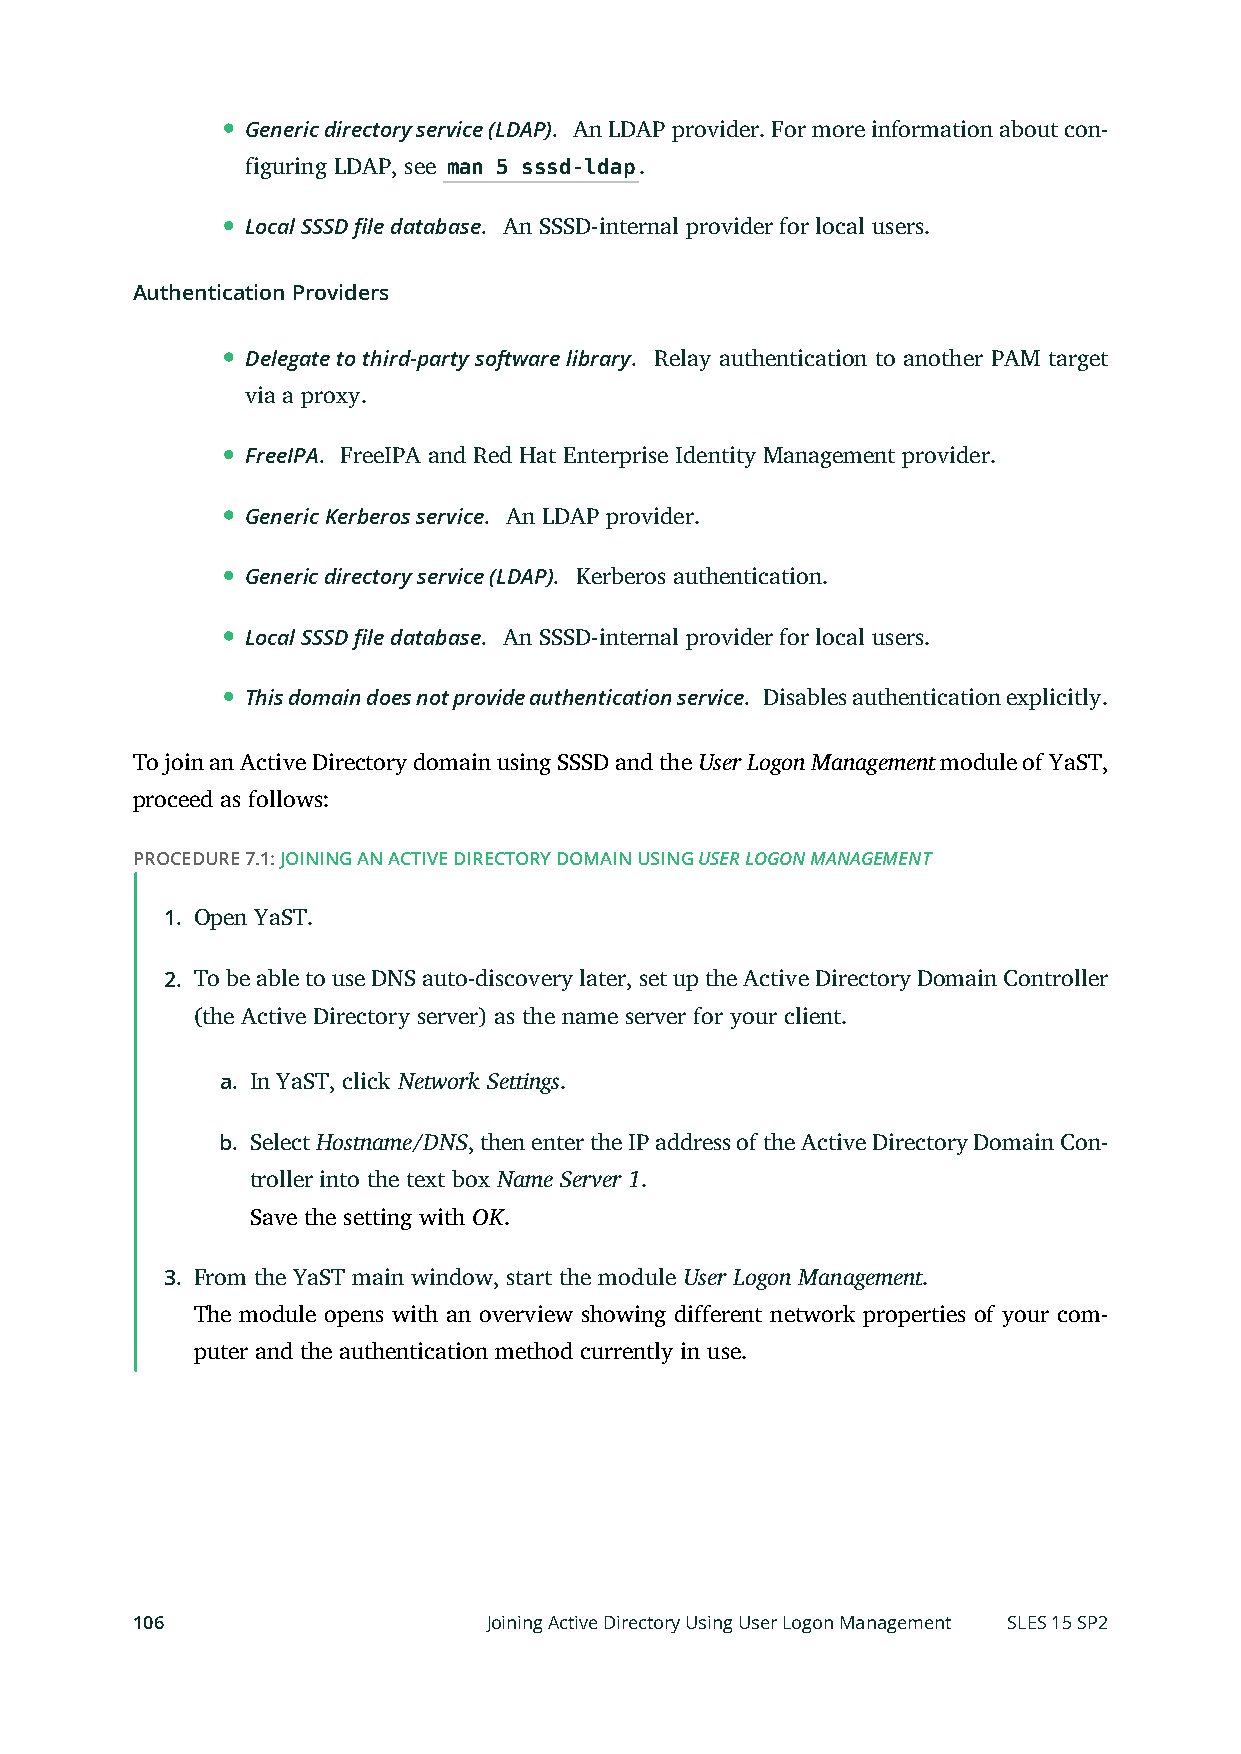
Generic directory service (LDAP). An LDAP provider. For more information about con-
 figuring LDAP, see man 5 sssd-ldap.
 Local SSSD file database. An SSSD-internal provider for local users.
 Authentication Providers
 Delegate to third-party software library. Relay authentication to another PAM target
 via a proxy.
 FreeIPA. FreeIPA and Red Hat Enterprise Identity Management provider.
 Generic Kerberos service. An LDAP provider.
 Generic directory service (LDAP). Kerberos authentication.
 Local SSSD file database. An SSSD-internal provider for local users.
 This domain does not provide authentication service. Disables authentication explicitly.
 To join an Active Directory domain using SSSD and the User Logon Management module of YaST,
 proceed as follows:
 PROCEDURE 7.1: JOINING AN ACTIVE DIRECTORY DOMAIN USING USER LOGON MANAGEMENT
 1. Open YaST.
 2. To be able to use DNS auto-discovery later, set up the Active Directory Domain Controller
 (the Active Directory server) as the name server for your client.
 a. In YaST, click Network Settings.
 b. Select Hostname/DNS, then enter the IP address of the Active Directory Domain Con-
 troller into the text box Name Server 1.
 Save the setting with OK.
 3. From the YaST main window, start the module User Logon Management.
 The module opens with an overview showing different network properties of your com-
 puter and the authentication method currently in use.
 106                    Joining Active Directory Using User Logon Management SLES 15 SP2